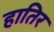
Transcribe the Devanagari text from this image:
हातिर